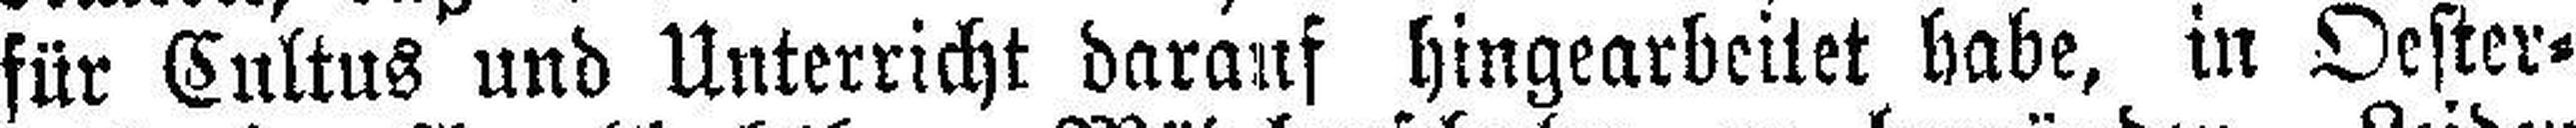
für Cultus und Unterricht darauf hingearbeitet habe, in Oester¬